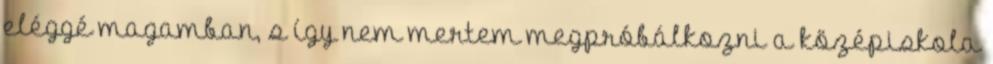
eléggé magamban, s így nem mertem megpróbálkozni a középiskola